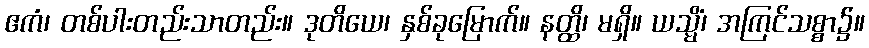
ဧကံ၊ တစ်ပါးတည်းသာတည်း။ ဒုတိယေ၊ နှစ်ခုမြောက်။ နတ္ထိ၊ မရှိ။ ယသ္မိံ၊ အကြင်သစ္စာ၌။